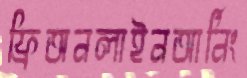
ফ্রিঅনলাইনআর্নিং